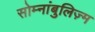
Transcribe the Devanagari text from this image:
सोम्नांबुलिज़्म